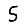
Digit: 5